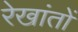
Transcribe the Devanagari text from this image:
रेखांतों